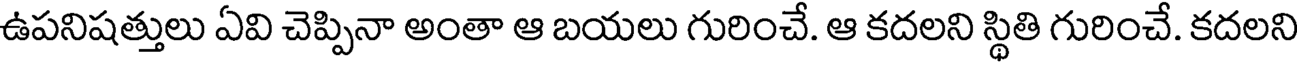
ఉపనిషత్తులు ఏవి చెప్పినా అంతా ఆ బయలు గురించే. ఆ కదలని స్థితి గురించే. కదలని